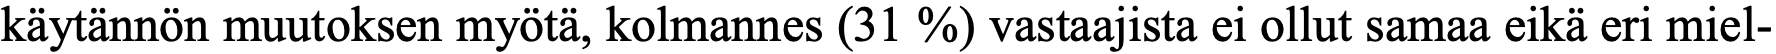
käytännön muutoksen myötä, kolmannes (31 %) vastaajista ei ollut samaa eikä eri miel-